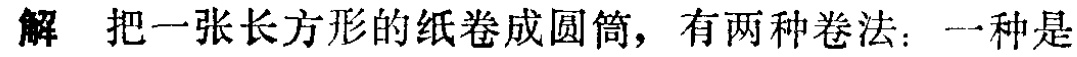
解 把一张长方形的纸卷成圆筒，有两种卷法：一种是